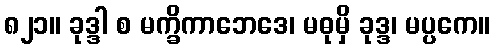
၈၂၁။ ခုဒ္ဒါ စ မက္ခိကာဘေဒေ၊ မဓုမှိ ခုဒ္ဒ၊ မပ္ပကေ။